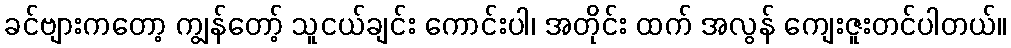
ခင်ဗျားကတော့ ကျွန်တော့် သူငယ်ချင်း ကောင်းပါ၊ အတိုင်း ထက် အလွန် ကျေးဇူးတင်ပါတယ်။